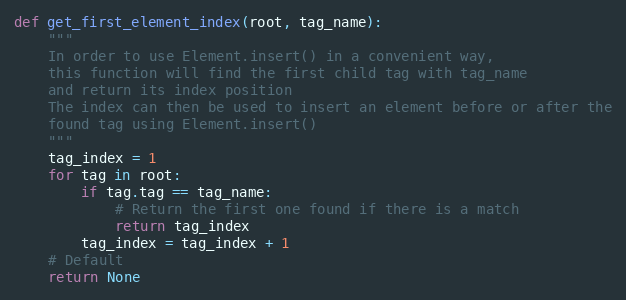
Language: Python
def get_first_element_index(root, tag_name):
    """
    In order to use Element.insert() in a convenient way,
    this function will find the first child tag with tag_name
    and return its index position
    The index can then be used to insert an element before or after the
    found tag using Element.insert()
    """
    tag_index = 1
    for tag in root:
        if tag.tag == tag_name:
            # Return the first one found if there is a match
            return tag_index
        tag_index = tag_index + 1
    # Default
    return None